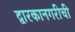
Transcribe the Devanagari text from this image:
द्वारकानगरीची